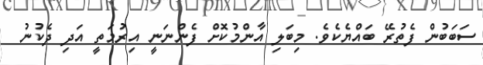
ސަބަބުން ފެތުރޭ ބައްޔެކެވެ. މިބަލި އާންމުކޮށް ފެންނަނީ އިރުމަތީ އަދި ދެކުނު